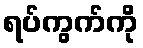
ရပ်ကွက်ကို